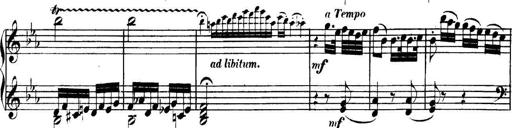
Title: Collected Piano Sonatas
Composer: Muzio Clementi